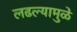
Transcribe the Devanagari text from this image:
लढल्यामुळे